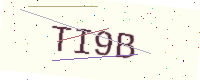
Text: TI9B